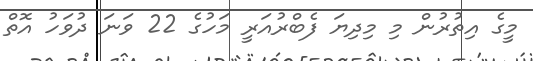
މީގެ އިތުރުން މި މިދިޔަ ފެބްރުއަރީ މަހުގެ 22 ވަނަ ދުވަހު އޮތް